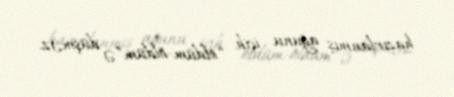
hazırlanmış ağunu içib “öldüm-öldüm”ə düşməz.